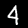
Label: 4